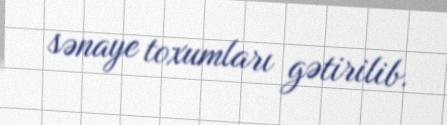
sənaye toxumları gətirilib.